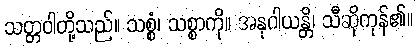
သတ္တဝါတို့သည်။ သစ္စံ၊ သစ္စာကို။ အနုဂါယန္တိ၊ သီဆိုကုန်၏။